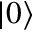
\left| 0 \right\rangle